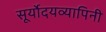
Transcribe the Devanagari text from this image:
सूर्योदयव्यापिनी